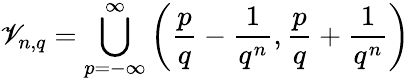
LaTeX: \mathscr{V}_{n,q}=\bigcup_{p=-\infty}^{\infty}\left({\frac{{p}}{{q}}}-{\frac{{1}}{{q^{n}}}},{\frac{{p}}{{q}}}+{\frac{{1}}{{q^{n}}}}\right)